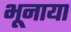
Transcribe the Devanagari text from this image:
भूनाया